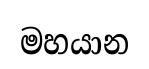
මහයාන